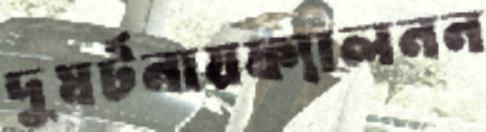
দুঘর্টনায়ফ্যালনন